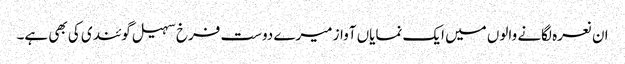
ان نعرہ لگانے والوں میں ایک نمایاں آواز میرے دوست فرخ سہیل گوئندی کی بھی ہے۔